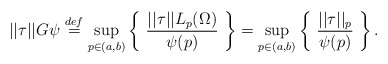
\begin{align*} ||\tau||G\psi \stackrel{def}{=} \sup_{p \in (a,b)} \left\{ \ \frac{||\tau||L_p(\Omega)}{\psi(p)} \ \right\} = \sup_{p \in (a,b)} \left\{ \ \frac{||\tau||_p}{\psi(p)} \ \right\}.\end{align*}